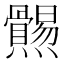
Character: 𤓑